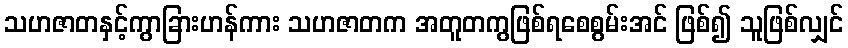
သဟဇာတနှင့်ကွာခြားဟန်ကား သဟဇာတက အတူတကွဖြစ်ရစေစွမ်းအင် ဖြစ်၍ သူဖြစ်လျှင်